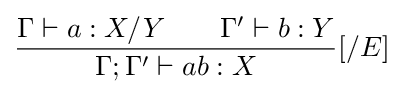
{\frac {\Gamma \vdash a:X/Y\qquad \Gamma '\vdash b:Y}{\Gamma ;\Gamma '\vdash ab:X}}[/E]